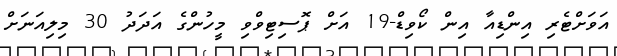
އަވަށްޓެރި އިންޑިއާ އިން ކޯވިޑް-19 އަށް ޕޮސިޓިވްވި މީހުންގެ އަދަދު 30 މިލިއަނަށް